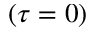
( \tau = 0 )